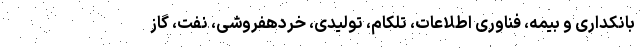
بانکداری و بیمه، فناوری اطلاعات، تلکام، تولیدی، خردهفروشی، نفت، گاز